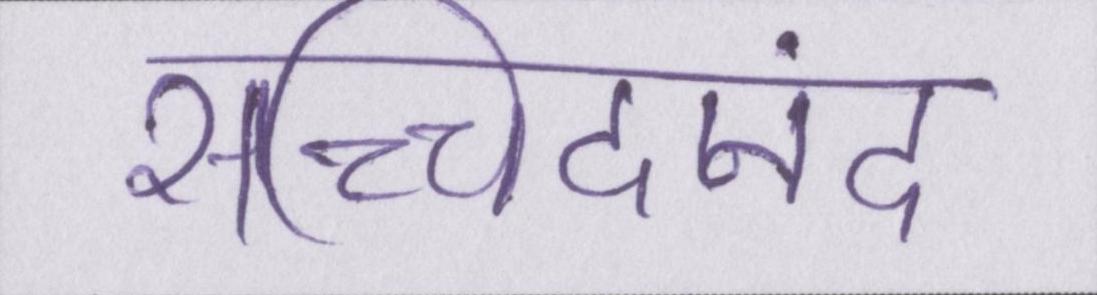
सच्चिदानंद